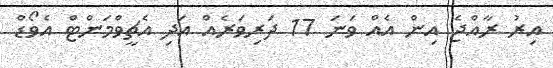
އިރު ރާއްޖެ އިން އެއް ވަނަ 17 ދަރިވަރެއް އަދި އެޗީވްމަންޓް އެވޯޑް